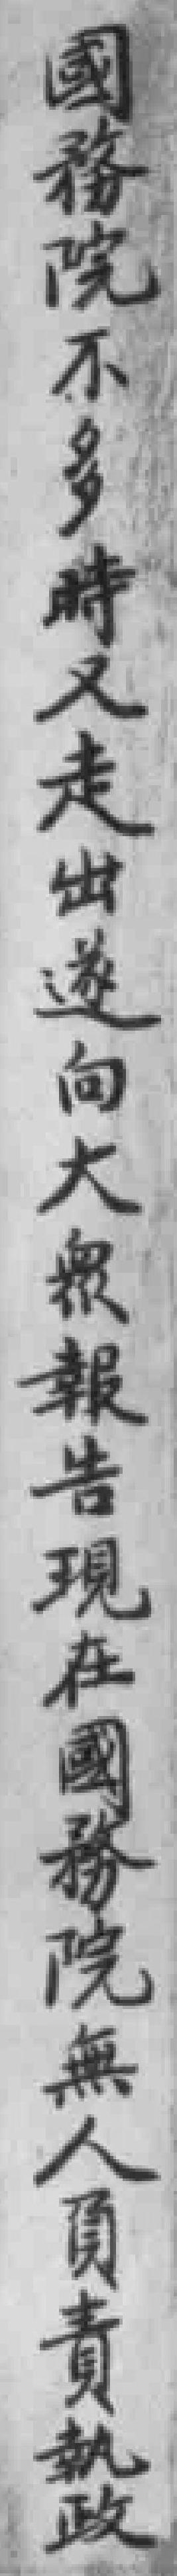
國務院不多時又走出遂向大衆報告現在國務院無人負責執政